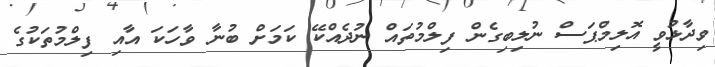
ވިދާޅުވީ އޮލިމްޕަސް ނުލިބިގެން ފިލްމުތައް ނުދެއްކޭ ކަމަށް ބުނާ ވާހަކަ އާއި ފިލްމުތަކުގެ